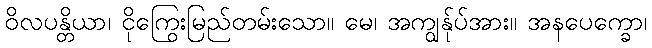
ဝိလပန္တိယာ၊ ငိုကြွေးမြည်တမ်းသော။ မေ၊ အကျွန်ုပ်အား။ အနပေက္ခော၊